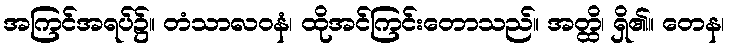
အကြင်အရပ်၌။ တံသာလဝနံ၊ ထိုအင်ကြင်းတောသည်။ အတ္ထိ၊ ရှိ၏။ တေန၊